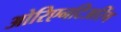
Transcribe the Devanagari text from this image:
ओरिएनटिअरिंग